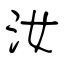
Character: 汝